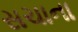
સચાના